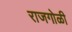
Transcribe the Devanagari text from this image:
राजगोळी